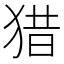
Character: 猎